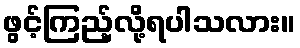
ဖွင့်ကြည့်လို့ရပါသလား။